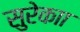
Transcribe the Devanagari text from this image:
सुरेकाा